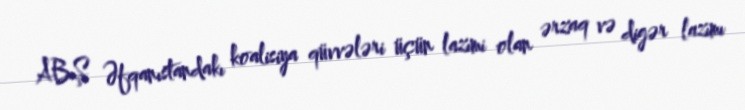
ABŞ Əfqanıstandakı koalisiya qüvvələri üçün lazımi olan ərzaq və digər lazımı